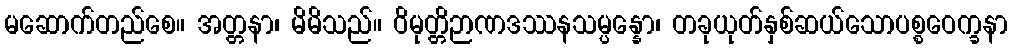
မဆောက်တည်စေ။ အတ္တနာ၊ မိမိသည်။ ဝိမုတ္တိဉာဏဒဿနသမ္ပန္နော၊ တခုယုတ်နှစ်ဆယ်သောပစ္စဝေက္ခနာ